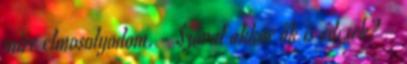
mire elmosolyodom. - Szóval akkor ők is édesek? -